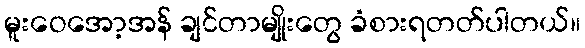
မူးဝေအော့အန် ချင်တာမျိုးတွေ ခံစားရတတ်ပါတယ်။